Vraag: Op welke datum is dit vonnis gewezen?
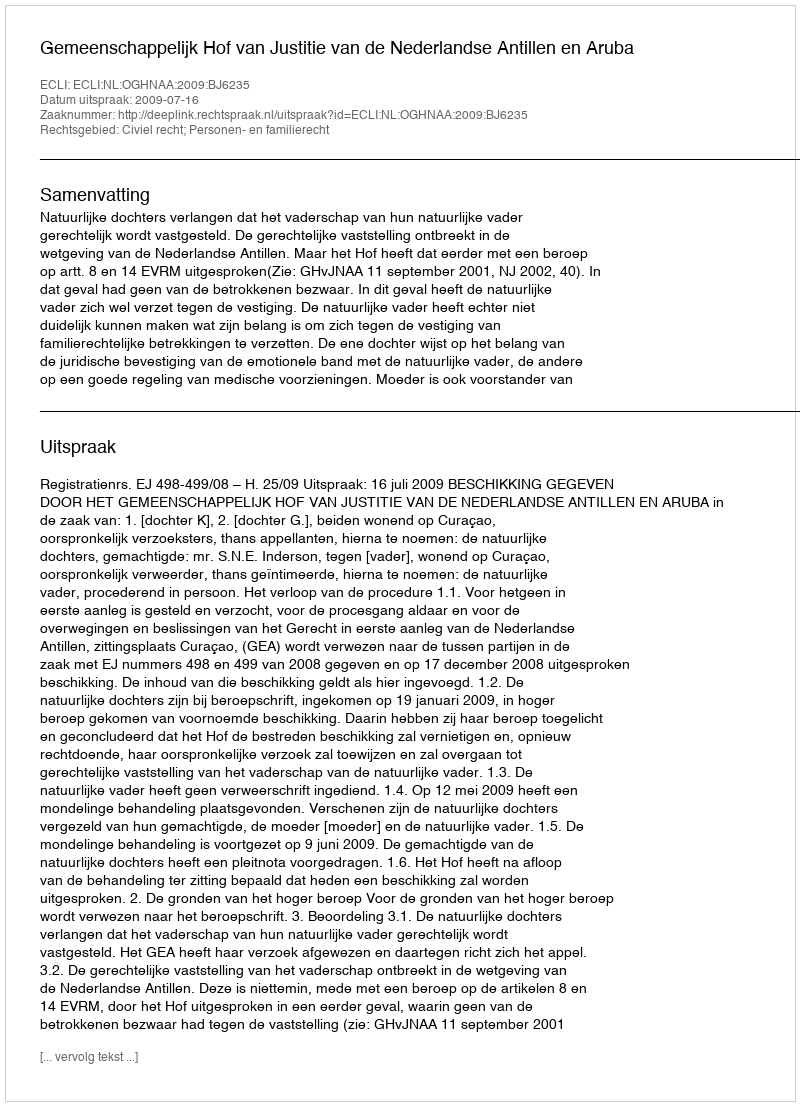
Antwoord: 2009-07-16